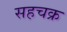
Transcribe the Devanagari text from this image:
सहचक्र